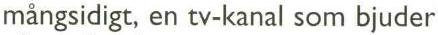
mängsidigt, en tv-kanal som bjuder